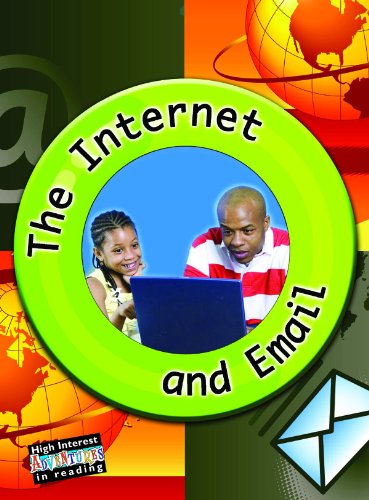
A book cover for The Internet and Email (Let's Explore Science); Don McLeese; Computers & Technology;